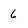
Character: 6